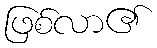
ဖြစ်လာ၏